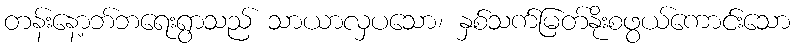
တန်းနော့ဘ်ဘရေးရွာသည် သာယာလှပသော၊ နှစ်သက်မြတ်နိုးစဖွယ်ကောင်းသော